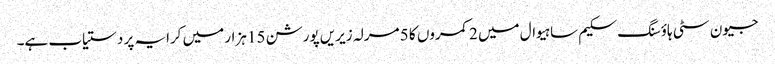
جیون سٹی ہاؤسنگ سکیم ساہیوال میں 2 کمروں کا 5 مرلہ زیریں پورشن 15 ہزار میں کرایہ پر دستیاب ہے۔